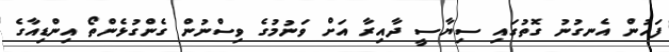
ފަހުން އެނގުނު ގޮތުގައި ސިޔާސީ ދާއިރާ އަށް ވަނުމުގެ ވިސްނުން ގެންގުޅެންތޯ އިންޑިއާގެ